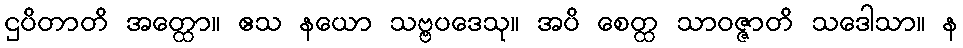
ဌပိတာတိ အတ္ထော။ ဧသ နယော သဗ္ဗပဒေသု။ အပိ စေတ္ထ သာဝဇ္ဇာတိ သဒေါသာ။ န